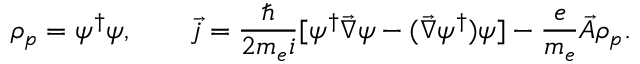
\rho _ { p } = \psi ^ { \dagger } \psi , \qquad \vec { j } = \frac { \hbar } { 2 m _ { e } i } [ \psi ^ { \dagger } \vec { \nabla } \psi - ( \vec { \nabla } \psi ^ { \dagger } ) \psi ] - \frac { e } { m _ { e } } \vec { A } \rho _ { p } .